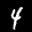
Label: 4